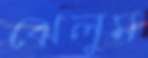
ঝেলুম